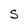
Character: S